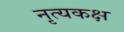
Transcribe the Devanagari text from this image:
नृत्यकक्ष